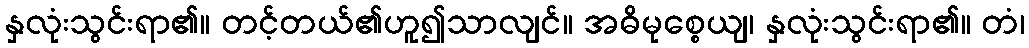
နှလုံးသွင်းရာ၏။ တင့်တယ်၏ဟူ၍သာလျင်။ အဓိမုစ္စေယျ၊ နှလုံးသွင်းရာ၏။ တံ၊